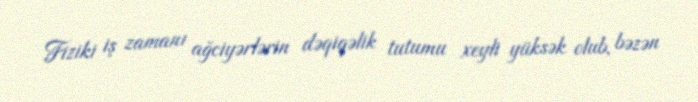
Fiziki iş zamanı ağciyərlərin dəqiqəlik tutumu xeyli yüksək olub, bəzən